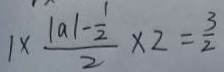
1 \times \frac { \vert a \vert - \frac { 1 } { 2 } } { 2 } \times 2 = \frac { 3 } { 2 }